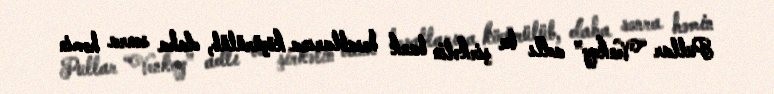
Pullar “Venkoy” adlı bu şirkətin bank hesablarına köçürülüb, daha sonra həmin